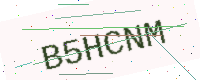
Text: B5HCNM